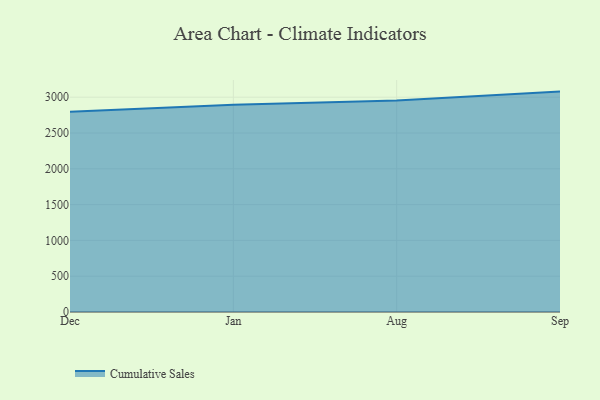
{"axis": {"x": "Month", "y": "Energy Usage (MWh)"}, "legend": ["Cumulative Sales"], "data": [{"x": "Dec", "y": 2795.4, "type": "Cumulative Sales"}, {"x": "Jan", "y": 2895.5, "type": "Cumulative Sales"}, {"x": "Aug", "y": 2952.0, "type": "Cumulative Sales"}, {"x": "Sep", "y": 3078.0, "type": "Cumulative Sales"}]}